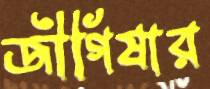
জীগিষার